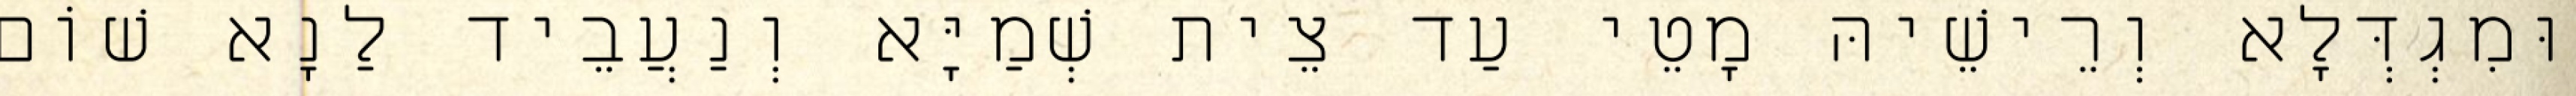
וּמִגְדְּלָא וְרֵישֵׁיהּ מָטֵי עַד צֵית שְׁמַיָּא וְנַעֲבֵיד לַנָא שׁוֹם